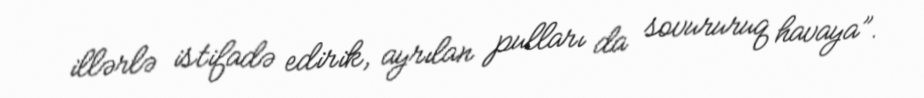
illərlə istifadə edirik, ayrılan pulları da sovururuq havaya”.